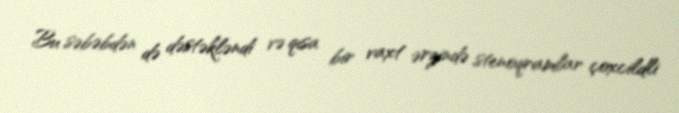
Bu səbəbdən də dəstəkləndi və qısa bir vaxt ərzində stenoqramlar çoxcildli